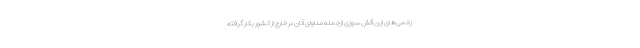
زخمی‌های این آتش سوزی ازجمله مداوای آنان در خارج از کشور بکار گرفته